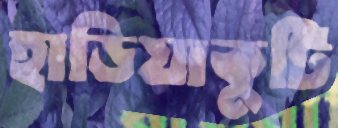
হাড়িয়াকুটি